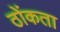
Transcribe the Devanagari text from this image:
ठोंकता